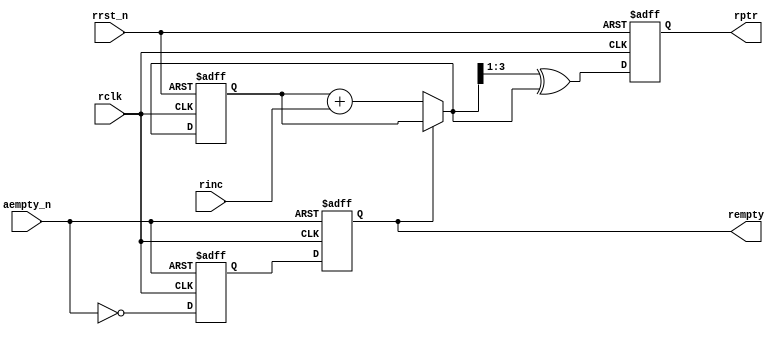
`default_nettype none

module rptr_empty #(parameter ASIZE = 4)
		  (output reg rempty,
		   output reg [ASIZE - 1:0] rptr,
		   input aempty_n,
		   input rinc,
		   input rclk,
		   input rrst_n);
	reg [ASIZE - 1:0] rbin;
	reg rempty2;
	wire [ASIZE - 1:0] rgnext, rbnext;

	always @(posedge rclk or negedge rrst_n) begin
		if (!rrst_n) begin
			rbin <= 0;
			rptr <= 0;
		end else begin
			rbin <= rbnext;
			rptr <= rgnext;
		end
	end

	assign rbnext = !rempty ? rbin + rinc : rbin;
	assign rgnext = (rbnext >> 1) ^ rbnext;

	always @(posedge rclk or negedge aempty_n) begin
		if (!aempty_n)
			{rempty, rempty2} <= 2'b11;
		else
			{rempty, rempty2} <= {rempty2, ~aempty_n};
	end
endmodule